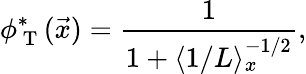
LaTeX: \phi_{\mathrm{~T~}}^{*}(\vec{x})=\frac{1}{1+\langle 1/L\rangle_{x}^{-1/2}},